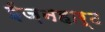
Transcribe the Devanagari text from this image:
ईज़नहार्ट